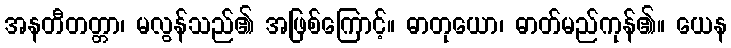
အနတီတတ္တာ၊ မလွန်သည်၏ အဖြစ်ကြောင့်။ ဓာတုယော၊ ဓာတ်မည်ကုန်၏။ ယေန